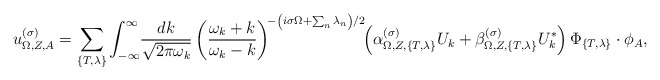
\begin{align*}u_{\Omega,Z,A}^{(\sigma)}=\sum_{\{T,\lambda\}}\int_{-\infty}^\infty\! \frac{dk}{\sqrt{2\pi\omega_k}}\left(\frac{\omega_k+k}{\omega_k-k}\right)^{\!-\left(i\sigma\Omega+\sum_n\lambda_n\right)/2}\kern-4pt\left(\alpha_{\Omega,Z,\{T,\lambda\}}^{(\sigma)} U_k+ \beta_{\Omega,Z,\{T,\lambda\}}^{(\sigma)} U_k^*\right)\Phi_{\{T,\lambda\}}\cdot\phi_A ,\end{align*}